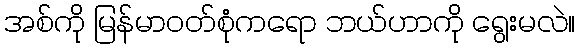
အစ်ကို မြန်မာဝတ်စုံကရော ဘယ်ဟာကို ရွေးမလဲ။